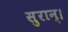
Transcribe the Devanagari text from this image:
सुरान्।